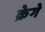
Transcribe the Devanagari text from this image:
क्रेगे